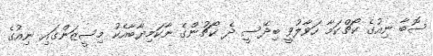
ސޮބާ ނިއުގެ ކޯޗްކަމާ ހަވާލުވީ ބިދޭސީ ދެ ކޯޗުންގެ ނާކަމިޔާބާއެކު މިސީޒަންގައި ނިއުގެ